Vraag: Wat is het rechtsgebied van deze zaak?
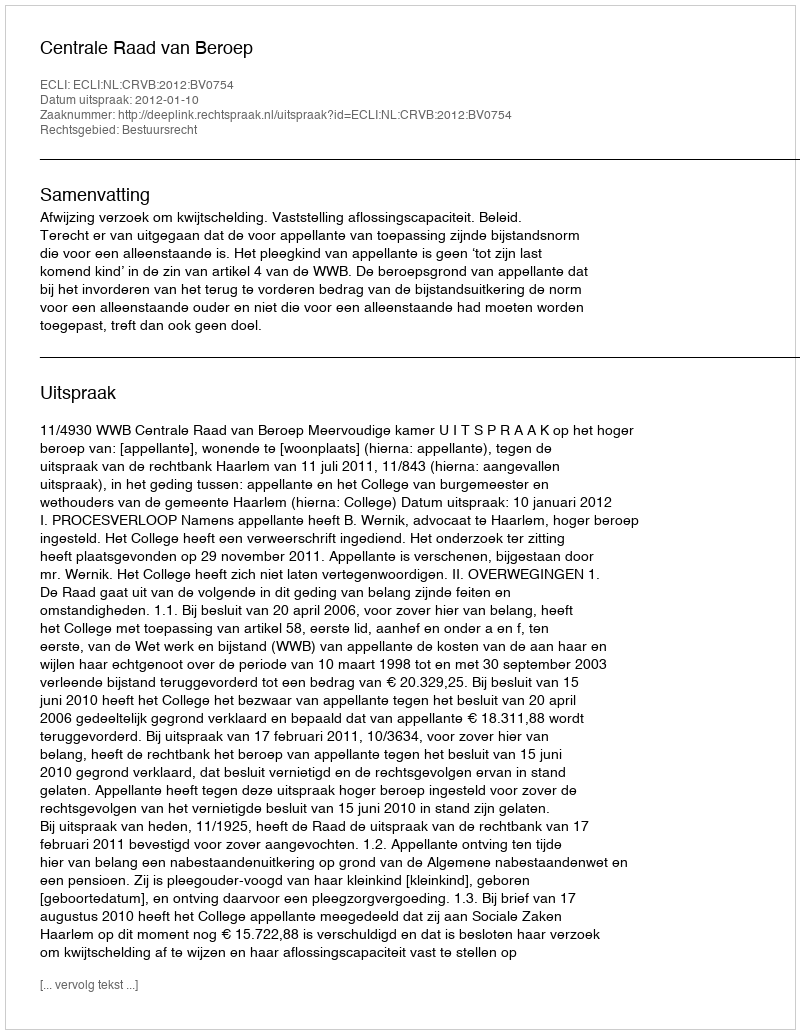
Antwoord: Bestuursrecht